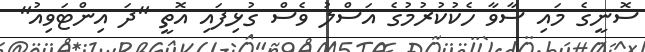
ސޮނީގެ މައި ސާވާ ހެކުކުރުމުގެ އަސްލު ވެސް ގުޅިފައި އޮތީ "ދަ އިންޓަވިއު"